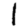
Digit: 1